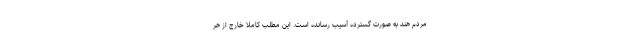
مردم هند به صورت گسترده آسیب رسانده است. این مطلب کاملا خارج از هر